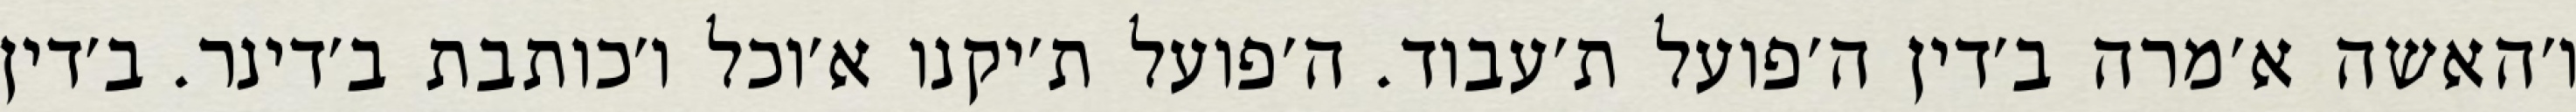
ו׳האשה א׳מרה ב׳דין ה׳פועל ת׳עבוד. ה׳פועל ת׳יקנו א׳וכל ו׳כותבת ב׳דינר. ב׳דין